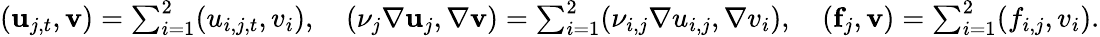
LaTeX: \begin{array}{r}{({\mathbf u}_{j,t},{\mathbf v})=\sum_{i=1}^{2}({u}_{i,j,t},{v_{i}}),\quad({\nu}_{j}\nabla{\mathbf u}_{j},\nabla{\mathbf v})=\sum_{i=1}^{2}(\nu_{i,j}\nabla{u_{i,j}},\nabla{v_{i}}),\quad({\mathbf f}_{j},{\mathbf v})=\sum_{i=1}^{2}({f_{i,j}},{v_{i}}).}\end{array}